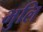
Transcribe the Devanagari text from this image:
भुलि